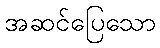
အဆင်ပြေသော